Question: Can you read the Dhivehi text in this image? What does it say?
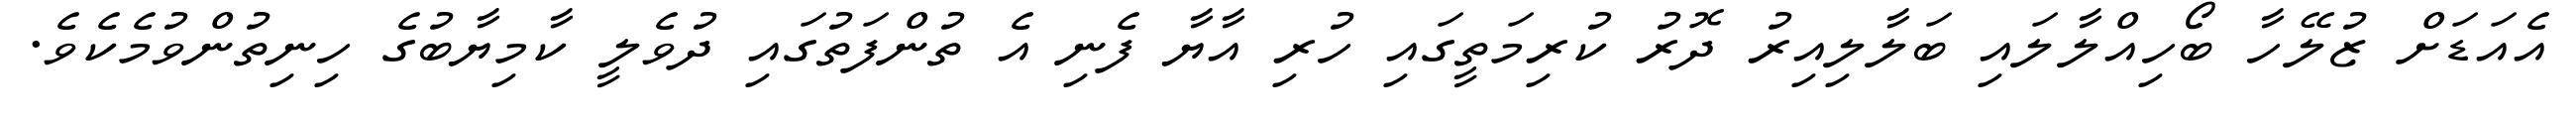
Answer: އެއަޑަށް ޒުލޭހާ ބޯހިއްލާލައި ބަލާލިއިރު ދޮރު ކުރިމަތީގައި ހުރި އާޔާ ފެނި އެ ތުންފަތުގައި ދުވެލީ ކާމިޔާބުގެ ހިނިތުންވުމެކެވެ.